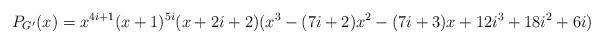
LaTeX: \begin{align*}P_{G^{\prime}}(x) = x^{4i+1} (x+1)^{5i} (x+2i+2)(x^3 -(7i+2)x^2 -(7i+3)x +12i^3 +18i^2 +6i) \end{align*}